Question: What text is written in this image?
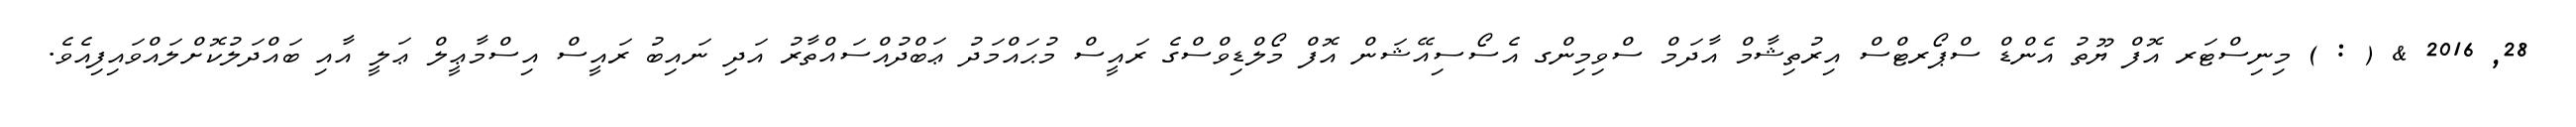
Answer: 28, 2016 & ( : ) މިނިސްޓަރ އޮފް ޔޫތު އެންޑް ސްޕޯރޓްސް އިރުތިޝާމް އާދަމް ސްވިމިންގ އެސޯސިއޭޝަން އޮފް މޯލްޑިވްސްގެ ރައީސް މުޙައްމަދު ޢަބްދުއްސައްތާރު އަދި ނައިބު ރައީސް އިސްމާޢީލް ޢަލީ އާއި ބައްދަލުކޮށްލައްވައިފިއެވެ.